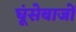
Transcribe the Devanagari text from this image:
घूंसेबाजों